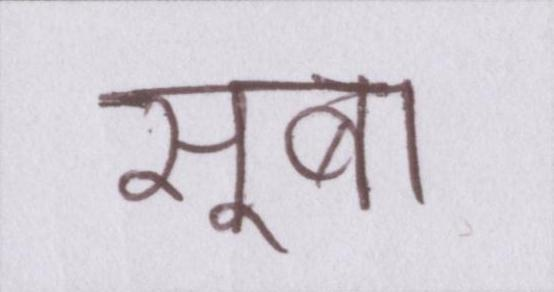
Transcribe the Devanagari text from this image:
सूबा